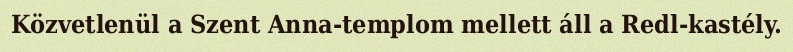
Közvetlenül a Szent Anna-templom mellett áll a Redl-kastély.